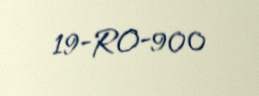
19-RO-900